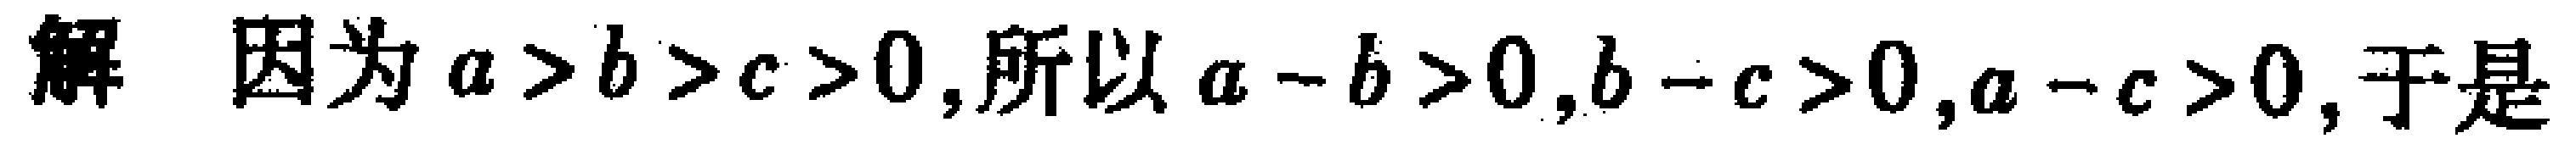
解 因为 \(a > b > c > 0\),所以 \(a - b > 0\),\(b - c > 0\),\(a - c > 0\),于是